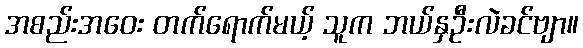
အစည်းအဝေး တက်ရောက်မယ့် သူက ဘယ်နှဦးလဲခင်ဗျာ။